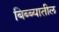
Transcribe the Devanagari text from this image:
बिब्ब्यातील